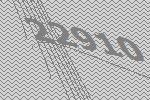
22910